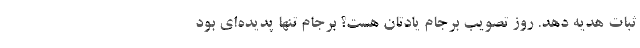
ثبات هدیه دهد. روز تصویب برجام یادتان هست؟ برجام تنها پدیده‌ای بود